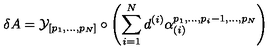
\delta A = { \cal { Y } } _ { [ p _ { 1 } , . . . , p _ { N } ] } \circ \left( \sum _ { i = 1 } ^ { N } d ^ { ( i ) } \alpha _ { ( i ) } ^ { p _ { 1 } , . . . , p _ { i } - 1 , . . . , p _ { N } } \right)